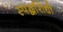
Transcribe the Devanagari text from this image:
स्पर्द्धारोधी